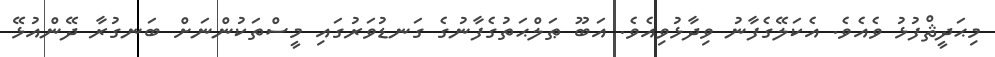
މިޙަދީޘްފުޅު ވެއެވެ. އެކަލޭގެފާނު ވިދާޅުވިއެވެ. އަބޫ ޠަލްޙަތުގެފާނުގެ ގަނޑުވަރުގައި މީސްތަކުންނަށް ބަނގުރާ ދޭންއުޅޭ